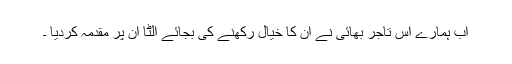
اب ہمارے اس تاجر بھائی نے ان کا خیال رکھنے کی بجائے الٹا ان پر مقدمہ کردیا ۔